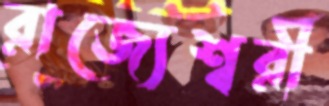
রাজ্যেশ্বরী